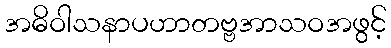
အဓိဝါသနာပဟာတဗ္ဗအာသဝအဖွင့်